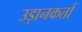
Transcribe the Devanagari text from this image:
उड़ानकर्ता